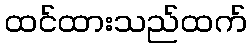
ထင်ထားသည်ထက်